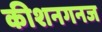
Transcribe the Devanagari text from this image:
कीशनगनज